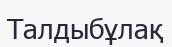
Талдыбұлақ